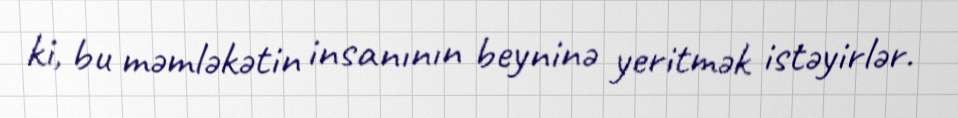
ki, bu məmləkətin insanının beyninə yeritmək istəyirlər.